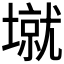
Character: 𰊱